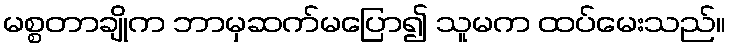
မစ္စတာချိုက ဘာမှဆက်မပြော၍ သူမက ထပ်မေးသည်။